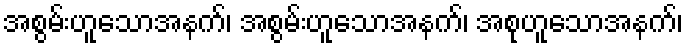
အစွမ်းဟူသောအနက်၊ အစွမ်းဟူသောအနက်၊ အစုဟူသောအနက်၊